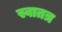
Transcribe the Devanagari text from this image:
स्वातत्र